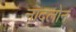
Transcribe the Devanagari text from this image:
नादलोन